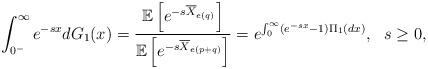
LaTeX: \begin{align*}\int_{0^-}^{\infty} e^{-s x}dG_1(x)=\frac{\mathbb E\left[e^{-s \overline{X}_{e(q)}}\right]}{\mathbb E\left[e^{-s \overline{X}_{e(p+q)}}\right]}=e^{\int_{0}^{\infty}(e^{-s x}-1) \Pi_1(dx)}, \ \ s\geq 0,\end{align*}